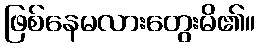
ဖြစ်နေမလားတွေးမိ၏။